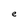
Character: e